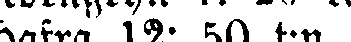
Hafra 12: 50 t:n.